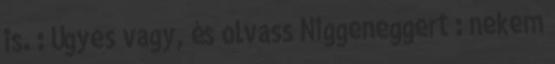
is. : Ügyes vagy, és olvass Niggeneggert : nekem